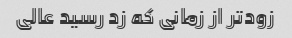
زودتر از زمانی که زد رسید عالی